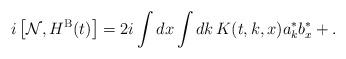
LaTeX: \begin{align*} i \left[ \mathcal{N} , H^{\rm{B}}(t) \right]= 2 i \int dx \int dk \, K(t,k,x) a_k^* b_x^* + .\end{align*}